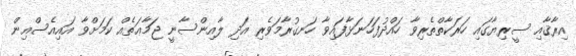
އިރާޤާއި ސީރިޔާގައި ހަރަކާތްތެރިވާ ހައްދުފަހަނަޅާފައިވާ ހަނގުރާމަވެރި އަދި ލާއިންސާނީ ޖަމާޢަތެއް ކަމަށްވާ އައިއެސްއިން